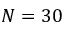
N = 3 0